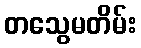
တသွေမတိမ်း